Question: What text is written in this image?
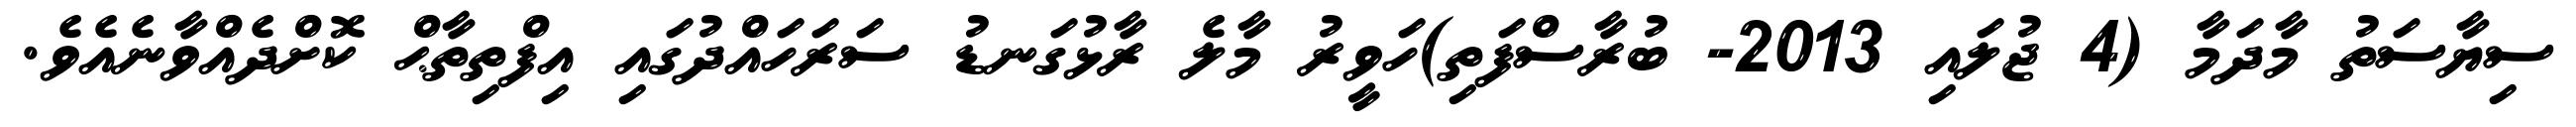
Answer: ސިޔާސަތު މާދަމާ (4 ޖުލައި 2013- ބުރާސްފަތި)ހަވީރު މާލެ ރާޅުގަނޑު ސަރަހައްދުގައި އިފްތިތާޙް ކޮށްދެއްވާނެއެވެ.